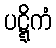
ပဋ္ဋိကံ